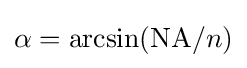
\alpha =\arcsin(\mathrm {NA} /n)